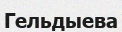
Гельдыева